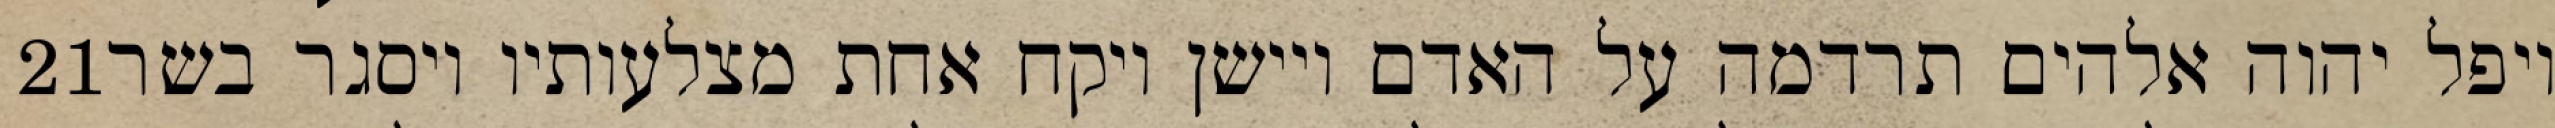
‎21‏ ויפל יהוה אלהים תרדמה על האדם ויישן ויקח אחת מצלעותיו ויסגר בשר